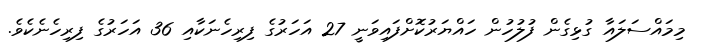
މިމައްސަލައާ ގުޅިގެން ފުލުހުން ހައްޔަރުކޮށްފައިވަނީ 27 އަހަރުގެ ފިރިހެނަކާއި 36 އަހަރުގެ ފިރިހެނެކެވެ.